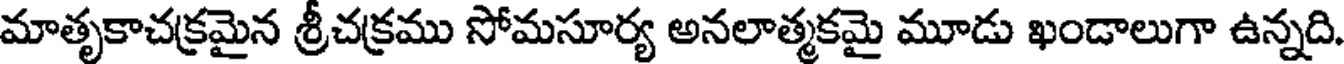
మాతృకాచక్రమైన శ్రీచక్రము సోమసూర్య అనలాత్మకమై మూడు ఖండాలుగా ఉన్నది.